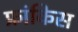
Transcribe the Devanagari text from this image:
फ्रांकिस